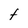
Character: F